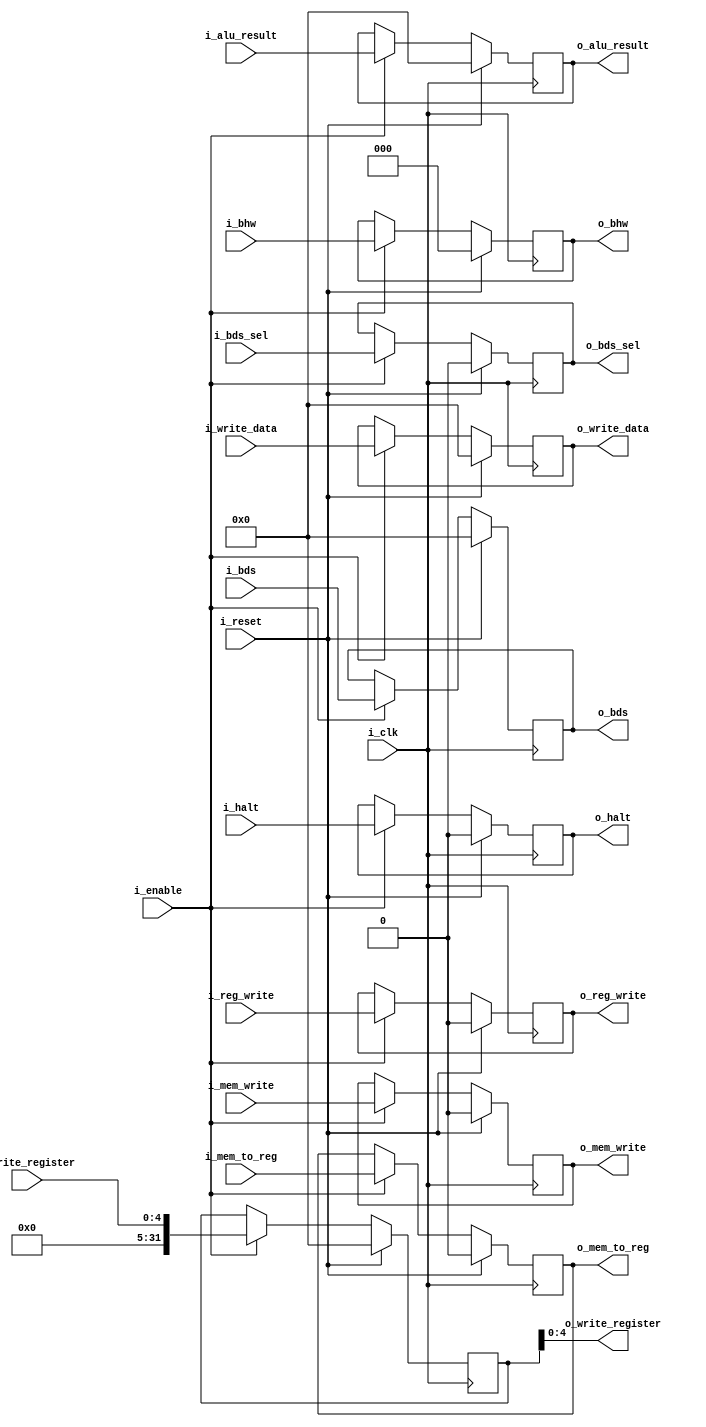
/**

**/

module EX_MEM_reg
    #(
        // Parameters
        parameter INST_SZ = 32
    )
    (
        // Inputs
        input wire                      i_clk,                      // Clock
        input wire                      i_reset,                    // Reset
        input wire                      i_enable,                   // Write Control Line
        input wire                      i_halt,                     // Halt Control Line
        input wire                      i_mem_write,                // MemWrite Control Line
        input wire [2 : 0]              i_bhw,                      // Memory Size Control Line
        input wire                      i_reg_write,                // RegWrite Control Line
        input wire                      i_mem_to_reg,               // MemToReg Control Line
        input wire                      i_bds_sel,                  // BDSSel Control Line
        input wire [INST_SZ-1 : 0]      i_alu_result,               // ALU Result
        input wire [INST_SZ-1 : 0]      i_write_data,               // Write Data
        input wire [4 : 0]              i_write_register,           // Write Register
        input wire [INST_SZ-1 : 0]      i_bds,                      // BDS
        // Outputs
        output wire                     o_halt,                     // Halt Control Line
        output wire                     o_mem_write,                // MemWrite Control Line
        output wire [2 : 0]             o_bhw,                      // Memory Size Control Line
        output wire                     o_reg_write,                // RegWrite Control Line
        output wire                     o_mem_to_reg,               // MemToReg Control Line
        output wire                     o_bds_sel,                  // BDSSel Control Line
        output wire [INST_SZ-1 : 0]     o_alu_result,               // ALU Result
        output wire [INST_SZ-1 : 0]     o_write_data,               // Write Data
        output wire [4 : 0]             o_write_register,           // Write Register
        output wire [INST_SZ-1 : 0]     o_bds                       // BDS
    );

    //! Signal Definition    
    reg halt;            
    reg mem_write;
    reg [2 : 0] bhw;                
    reg reg_write;                
    reg mem_to_reg;               
    reg bds_sel;                  
    reg [INST_SZ-1 : 0] alu_result;               
    reg [INST_SZ-1 : 0] write_data;               
    reg [INST_SZ-1 : 0] write_register;
    reg [INST_SZ-1 : 0] bds;

    // Body
    always @(posedge i_clk) 
    begin
        if(i_reset)
        begin  
            halt            <=      0;                               
            mem_write       <=      0; 
            bhw             <=      0;                               
            reg_write       <=      0;                                
            mem_to_reg      <=      0;                              
            bds_sel         <=      0;                                     
            alu_result      <=      0;                              
            write_data      <=      0;                              
            write_register  <=      0;
            bds             <=      0;

        end
        else if(i_enable)
        begin 
            halt            <=      i_halt;                               
            mem_write       <=      i_mem_write;                                
            reg_write       <=      i_reg_write;
            bhw             <=      i_bhw;                                
            mem_to_reg      <=      i_mem_to_reg;                              
            bds_sel         <=      i_bds_sel;                                    
            alu_result      <=      i_alu_result;                              
            write_data      <=      i_write_data;                              
            write_register  <=      i_write_register;
            bds             <=      i_bds;
        end
        // Else, stall the register
    end

    //! Assignments
    assign o_halt               =       halt;
    assign o_mem_write          =       mem_write;
    assign o_bhw                =       bhw;
    assign o_reg_write          =       reg_write;
    assign o_mem_to_reg         =       mem_to_reg;
    assign o_bds_sel            =       bds_sel;
    assign o_alu_result         =       alu_result;
    assign o_write_data         =       write_data;
    assign o_write_register     =       write_register;
    assign o_bds                =       bds;

endmodule